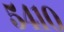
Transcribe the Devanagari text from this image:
५४१०